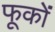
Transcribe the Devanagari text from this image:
फूकों